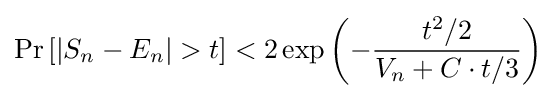
\Pr \left[|S_{n}-E_{n}|>t\right]<2\exp \left(-{\frac {t^{2}/2}{V_{n}+C\cdot t/3}}\right)